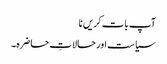
آپ بات کریں نا
سیاست اور حالاتِ حاضرہ۔